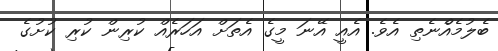
ބެލުމެއެްނެތި އެވެ. އެއީ އޭނަ މީގެ އެތަށް އަހަރެއް ކުރިން ކުރި ކުށުގެ